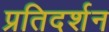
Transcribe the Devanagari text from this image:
प्रतिदर्शन